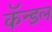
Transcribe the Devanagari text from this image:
कॅन्डल